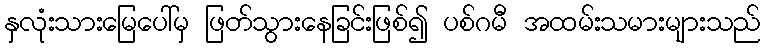
နှလုံးသားမြေပေါ်မှ ဖြတ်သွားနေခြင်းဖြစ်၍ ပစ်ဂမီ အထမ်းသမားများသည်